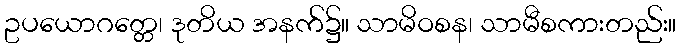
ဥပယောဂတ္တေ၊ ဒုတိယ အနက်၌။ သာမိဝစန၊ သာမီစကားတည်း။